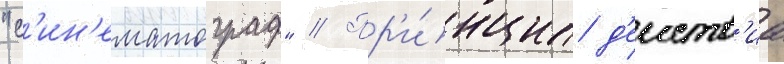
"с'ин'ематограф" // Пр'и́нцип д'еиств'иа